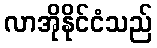
လာအိုနိုင်ငံသည်